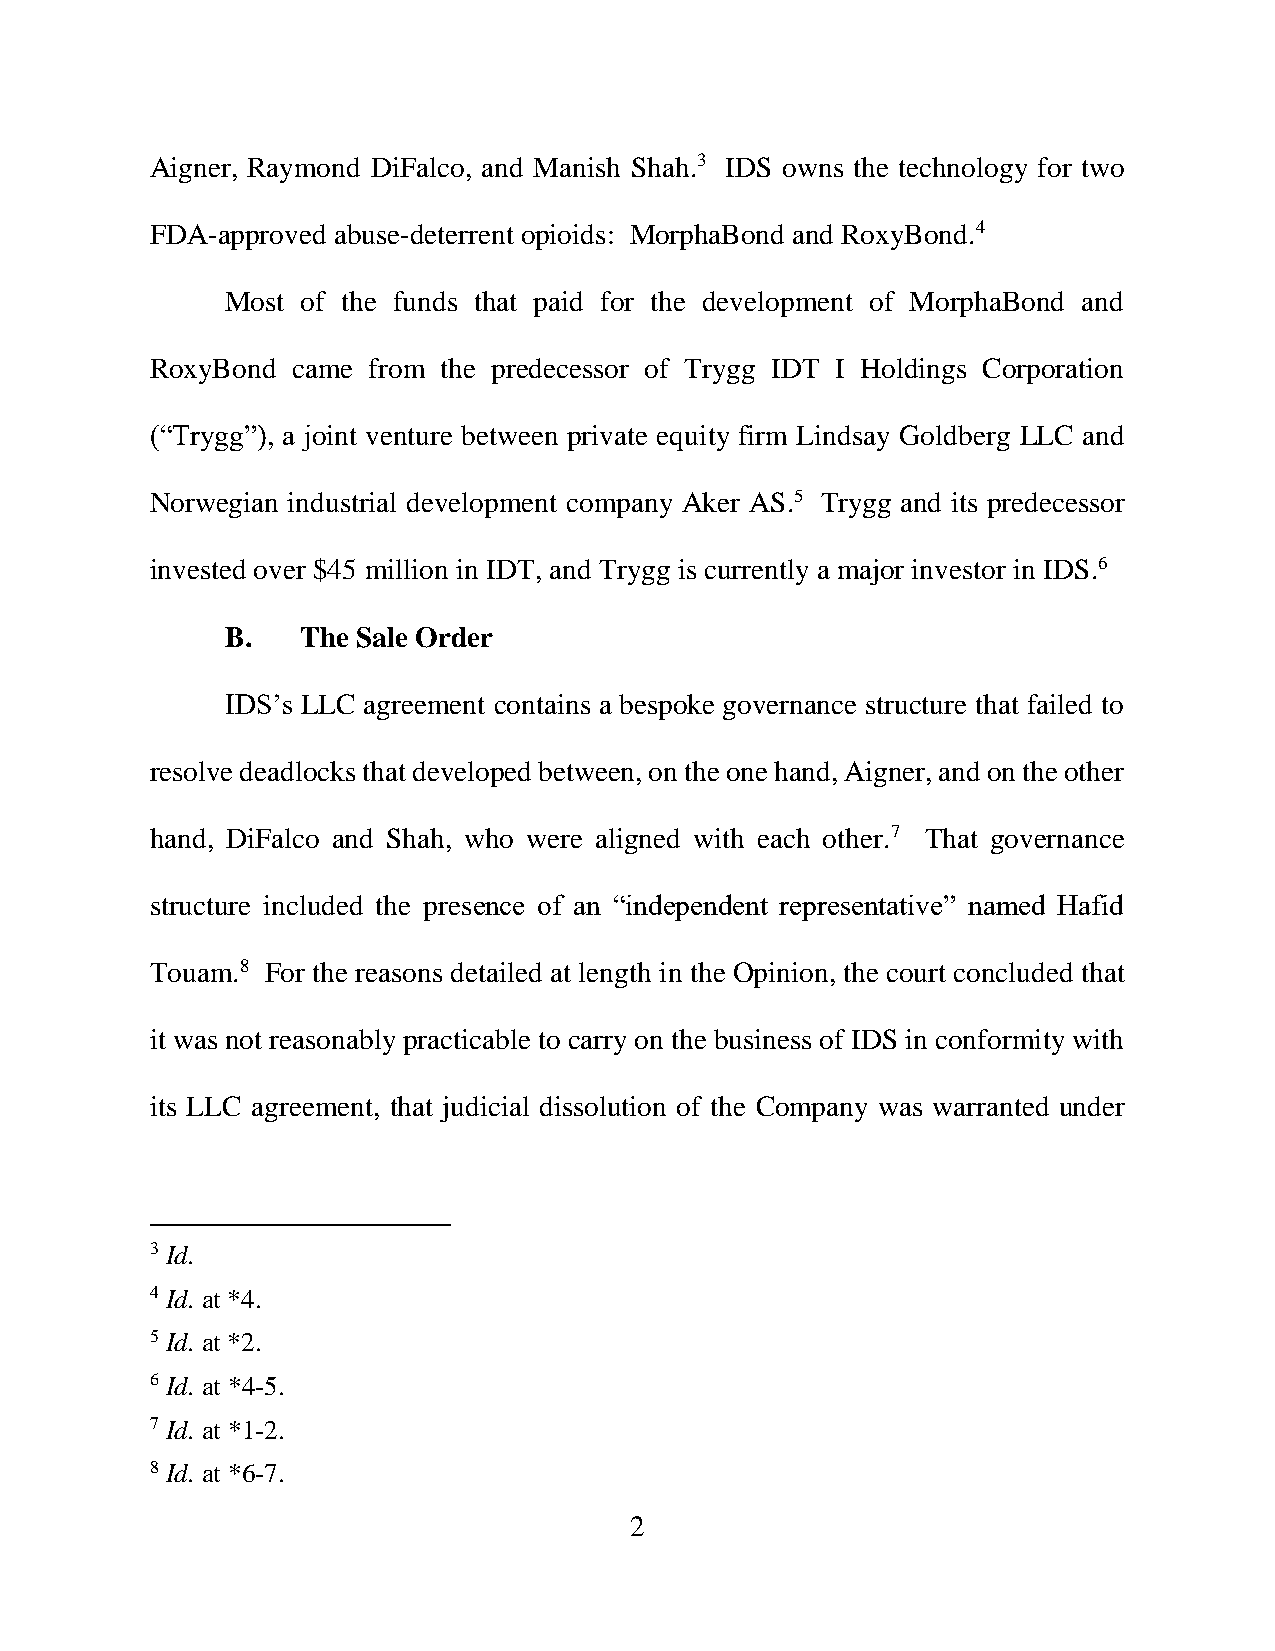
Aigner, Raymond DiFalco, and Manish Shah.3 IDS owns the technology for two
 FDA-approved abuse-deterrent opioids: MorphaBond and RoxyBond.4
 Most of the funds that paid for the development of MorphaBond and
 RoxyBond came from the predecessor of Trygg IDT I Holdings Corporation
 (“Trygg”), a joint venture between private equity firm Lindsay Goldberg LLC and
 Norwegian industrial development company Aker AS.5 Trygg and its predecessor
 invested over $45 million in IDT, and Trygg is currently a major investor in IDS.6
 B.   The Sale Order
 IDS’s LLC agreement contains a bespoke governance structure that failed to
 resolve deadlocks that developed between, on the one hand, Aigner, and on the other
 hand, DiFalco and Shah, who were aligned with each other.7 That governance
 structure included the presence of an “independent representative” named Hafid
 Touam.8 For the reasons detailed at length in the Opinion, the court concluded that
 it was not reasonably practicable to carry on the business of IDS in conformity with
 its LLC agreement, that judicial dissolution of the Company was warranted under
 3 Id.
 4 Id. at *4.
 5 Id. at *2.
 6 Id. at *4-5.
 7 Id. at *1-2.
 8 Id. at *6-7.
 2